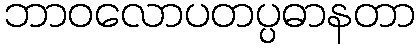
ဘာဝလောပတပ္ပဓာနတာ